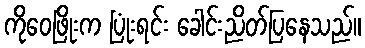
ကိုဝေဖြိုးက ပြုံးရင်း ခေါင်းညိတ်ပြနေသည်။